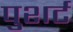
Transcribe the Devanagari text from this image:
पुशर्ट